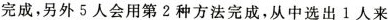
完成，另外5人会用第2种方法完成，从中选出1人来